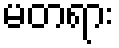
မတရား